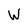
Character: W